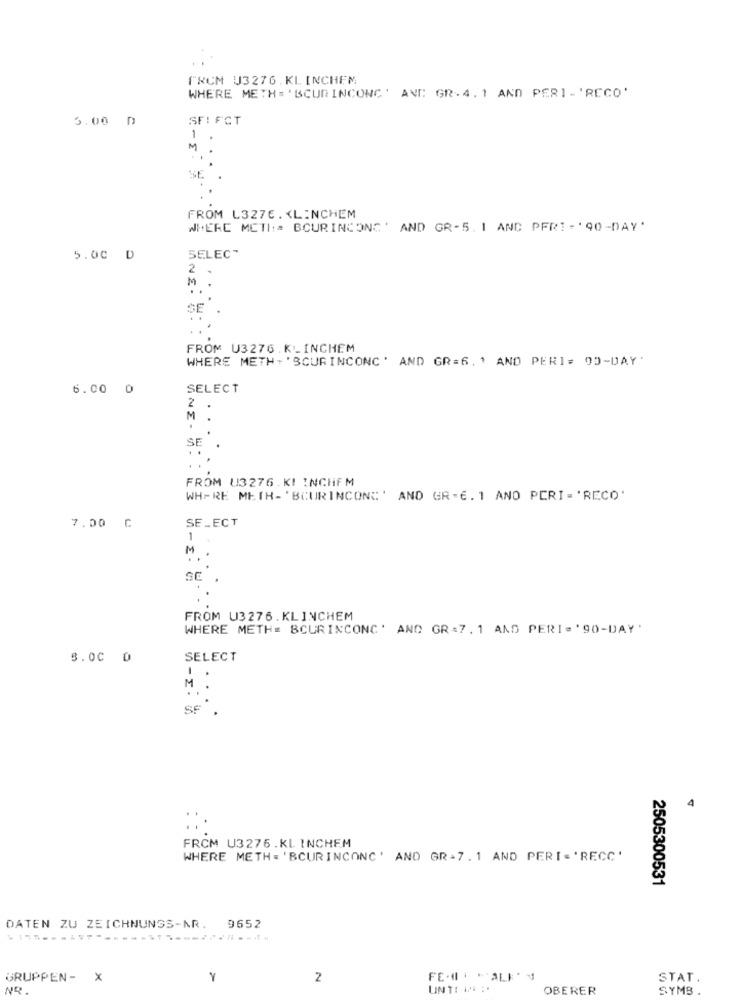
FROM U3276. KL INCHEM
WHERE METH = 'BCURINCONC' AVE GR. 4. 1 AND PERI -'RECO'
3.00 D
SFI FCT
SE
FROM L3276. KLINCHEM
WHERE MCTI := BOURINCONC' AND GR-5. 1 AND PFRI - ' 90-DAY'
SELEC"
5.00 D
2
M
SE
FROM U3276 . KLINCHEM
WHERE METH+'SCUR INCONC' AND GR=6. 1 AND PERI= 00-DAY'
6.00 0
SELECT
2
M
.
SE
FROM U3276. KI INCHFM
WHERE METH-'BCURINCONC' AND GR-6.1 ANO PERI='RECO'
7.00 G
SELECT
M
SE
FROM U3276. KLINCHEM
WHERE METH= BCURINCONC' AND GR=7.1 AND PERI='90-DAY'
3.00 0
SELECT
M
SF
4
FRCM U3276 .KL INCHEM
WHERE METH = 'BCURINCONC' AND GR-7.1 AND PERI='RECC'
2505300531
DATEN ZU ZEICHNUNGS-NR. 9652
GRUPPEN- X
Y
2
STAT.
NR.
UNTRWA :.
OBERER
SYMB .